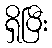
ရှိပြီး